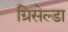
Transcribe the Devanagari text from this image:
ग्रिसेल्डा